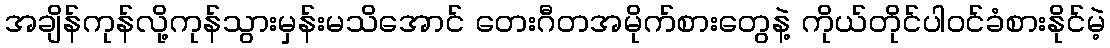
အချိန်ကုန်လို့ကုန်သွားမှန်းမသိအောင် တေးဂီတအမိုက်စားတွေနဲ့ ကိုယ်တိုင်ပါဝင်ခံစားနိုင်မဲ့